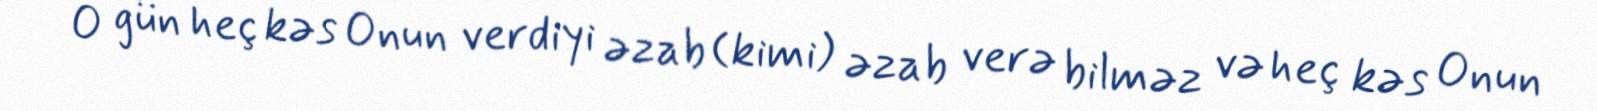
O gün heç kəs Onun verdiyi əzab (kimi) əzab verə bilməz və heç kəs Onun